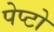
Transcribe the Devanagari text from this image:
पेप्टो